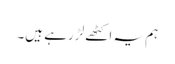
ہم یہ اکٹھے لڑ رہے ہیں۔